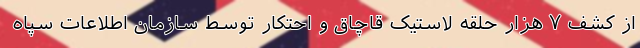
از کشف ۷ هزار حلقه لاستیک قاچاق و احتکار توسط سازمان اطلاعات سپاه